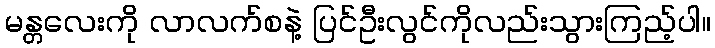
မန္တလေးကို လာလက်စနဲ့ ပြင်ဦးလွင်ကိုလည်းသွားကြည့်ပါ။